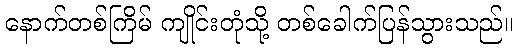
နောက်တစ်ကြိမ် ကျိုင်းတုံသို့ တစ်ခေါက်ပြန်သွားသည်။